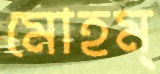
মোহম্